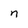
Character: n